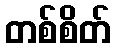
တစ်စိတ်